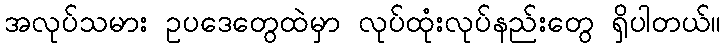
အလုပ်သမား ဥပဒေတွေထဲမှာ လုပ်ထုံးလုပ်နည်းတွေ ရှိပါတယ်။